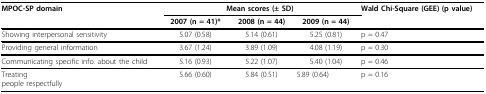
<table><thead><tr><td><b>MPOC-SP domain</b></td><td colspan="3"><b>Mean scores (± SD)</b></td><td><b>Wald Chi-Square (GEE) (p value)</b></td></tr><tr><td></td><td><b>2007 (n = 41)*</b></td><td><b>2008 (n = 44)</b></td><td><b>2009 (n = 44)</b></td><td></td></tr></thead><tbody><tr><td>Showing interpersonal sensitivity</td><td>5.07 (0.58)</td><td>5.14 (0.61)</td><td>5.25 (0.81)</td><td>p = 0.47</td></tr><tr><td>Providing general information</td><td>3.67 (1.24)</td><td>3.89 (1.09)</td><td>4.08 (1.19)</td><td>p = 0.30</td></tr><tr><td>Communicating specific info. about the child</td><td>5.16 (0.93)</td><td>5.22 (1.07)</td><td>5.40 (1.04)</td><td>p = 0.46</td></tr><tr><td>Treatingpeople respectfully</td><td>5.66 (0.60)</td><td>5.84 (0.51)</td><td>5.89 (0.64)</td><td>p = 0.16</td></tr></tbody></table>